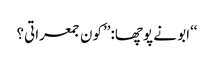
‘‘ابو نے پوچھا:’’کون جمعراتی؟